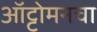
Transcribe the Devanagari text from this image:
ऑट्टोमनचा